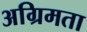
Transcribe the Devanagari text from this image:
अग्रिमता